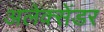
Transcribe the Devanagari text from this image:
अलेक्‍सेंडर